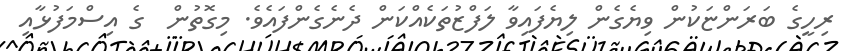
ރިހީގެ ބަރަންޏަކުން ވިޔެގެން ލިޔެފައިވާ ލަފްޒުތަކެއްކަން ދެނެގެންފައެވެ. މިގޮތުން  ގެ އިސްމަފުޅާއި